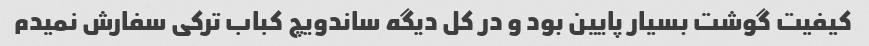
کیفیت گوشت بسیار پایین بود و در کل دیگه ساندویچ کباب ترکی سفارش نمیدم